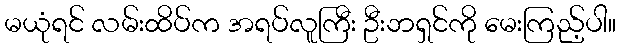
မယုံရင် လမ်းထိပ်က အရပ်လူကြီး ဦးဘရှင်ကို မေးကြည့်ပါ။